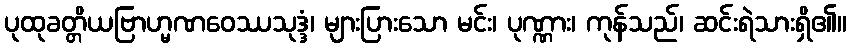
ပုထုခတ္တိယဗြာဟ္မဏဝေဿသုဒ္ဒံ၊ များပြားသော မင်း၊ ပုဏ္ဏား၊ ကုန်သည်၊ ဆင်းရဲသားရှိ၏။